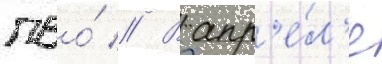
пво́ // В апр'е́л'е